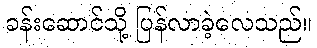
ခန်းဆောင်သို့ ပြန်လာခဲ့လေသည်။